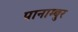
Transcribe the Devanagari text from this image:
पानाम्बुर